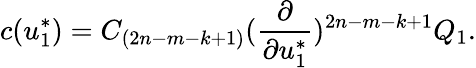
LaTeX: c(u_{1}^{*})=C_{(2n-m-k+1)}({\frac{\partial}{\partial u_{1}^{*}}})^{2n-m-k+1}Q_{1}.